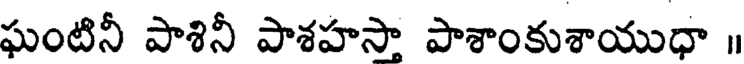
ఘంటినీ పాశినీ పాశహసా పాశాంకుశాయుధా ॥